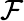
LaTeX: {\cal F}